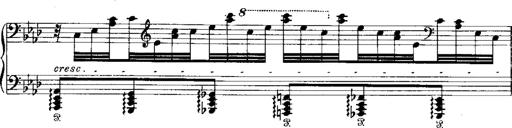
Title: Miserere du Trovatore
Composer: Franz Liszt